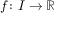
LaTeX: f \colon I \to \mathbb { R }